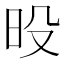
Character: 𰕶